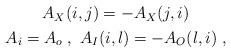
LaTeX: \begin{align*}\begin{gathered}A_X(i,j)=-A_X(j,i)\\A_i=A_o\;,\ A_I(i,l)=-A_O(l,i)\;,\end{gathered}\end{align*}